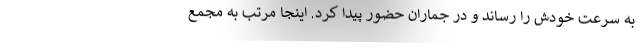
به سرعت خودش را رساند و در جماران حضور پیدا کرد. اینجا مرتب به مجمع